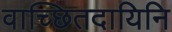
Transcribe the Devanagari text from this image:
वाच्छितदायिनि